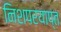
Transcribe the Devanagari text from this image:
निशपरयाप्त